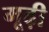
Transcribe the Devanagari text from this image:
मूढ़ी